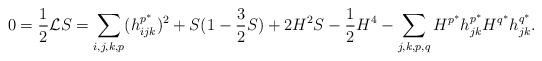
LaTeX: \begin{align*}0=\frac{1}{2}\mathcal{L}S=\sum_{i,j,k,p} (h_{ijk}^{p^{\ast}})^{2}+S(1-\frac{3}{2}S)+2H^{2}S-\frac{1}{2}H^{4}-\sum_{j,k,p,q} H^{p^{\ast}}h_{jk}^{p^{\ast}}H^{q^{\ast}}h_{jk}^{q^{\ast}}.\end{align*}